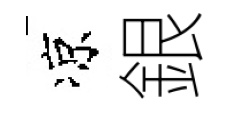
凉銀